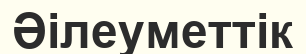
Әілеуметтік